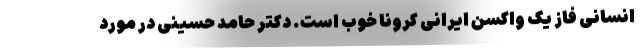
انسانی فاز یک واکسن ایرانی کرونا خوب است. دکتر حامد حسینی در مورد